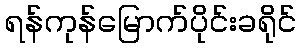
ရန်ကုန်မြောက်ပိုင်းခရိုင်